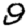
Digit: 9